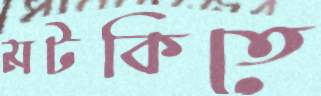
মটকিতে